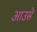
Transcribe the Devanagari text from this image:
आउसे